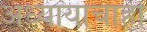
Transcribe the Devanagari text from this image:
अध्यायाचाही